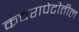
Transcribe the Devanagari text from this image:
कचरापेटीतील